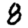
Digit: 8